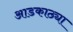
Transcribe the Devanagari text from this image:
आडकाठ्या